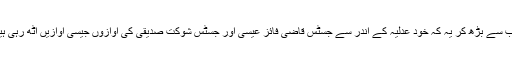
سب سے بڑھ کر یہ کہ خود عدلیہ کے اندر سے جسٹس قاضی فائز عیسیٰ اور جسٹس شوکت صدیقی کی آوازوں جیسی آوازیں اٹھ رہی ہیں۔